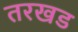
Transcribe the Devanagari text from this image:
तरखड